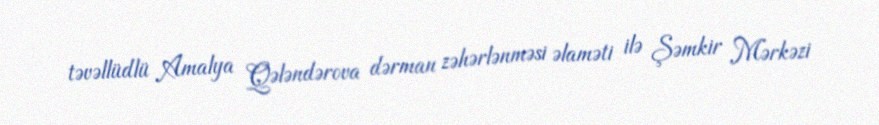
təvəllüdlü Amalya Qələndərova dərman zəhərlənməsi əlaməti ilə Şəmkir Mərkəzi